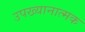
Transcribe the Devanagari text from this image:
उपख्यानात्मक